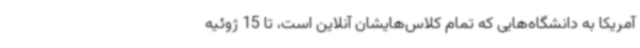
آمریکا به دانشگاه‌هایی که تمام کلاس‌هایشان آنلاین است، تا 15 ژوئیه